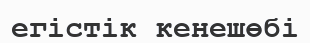
егістік кенешөбі